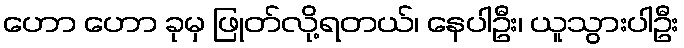
ဟော ဟော ခုမှ ဖြုတ်လို့ရတယ်၊ နေပါဦး၊ ယူသွားပါဦး